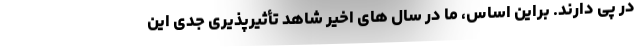
در پی دارند. براین اساس، ما در سال های اخیر شاهد تأثیرپذیری جدی این